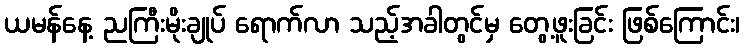
ယမန်နေ့ ညကြီးမိုးချုပ် ရောက်လာ သည့်အခါတွင်မှ တွေ့ဖူးခြင်း ဖြစ်ကြောင်း၊